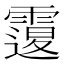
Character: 𩅆